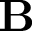
\mathbf { B }